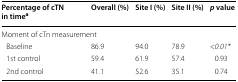
<table><thead><tr><td><b>Percentage of cTN in time<sup>a</sup></b></td><td><b>Overall (%)</b></td><td><b>Site I (%)</b></td><td><b>Site II (%)</b></td><td><b><i>p</i> value</b></td></tr></thead><tbody><tr><td colspan="5">Moment of cTn measurement</td></tr><tr><td> Baseline</td><td>86.9</td><td>94.0</td><td>78.9</td><td>&lt;<i>0.01*</i></td></tr><tr><td> 1st control</td><td>59.4</td><td>61.9</td><td>57.4</td><td>0.93</td></tr><tr><td> 2nd control</td><td>41.1</td><td>52.6</td><td>35.1</td><td>0.74</td></tr></tbody></table>